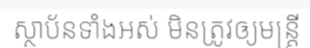
ស្ថាប័នទាំងអស់ មិនត្រូវឲ្យមន្ត្រី